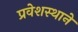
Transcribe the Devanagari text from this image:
प्रवेशस्थाने